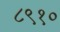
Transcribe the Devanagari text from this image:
८९१०